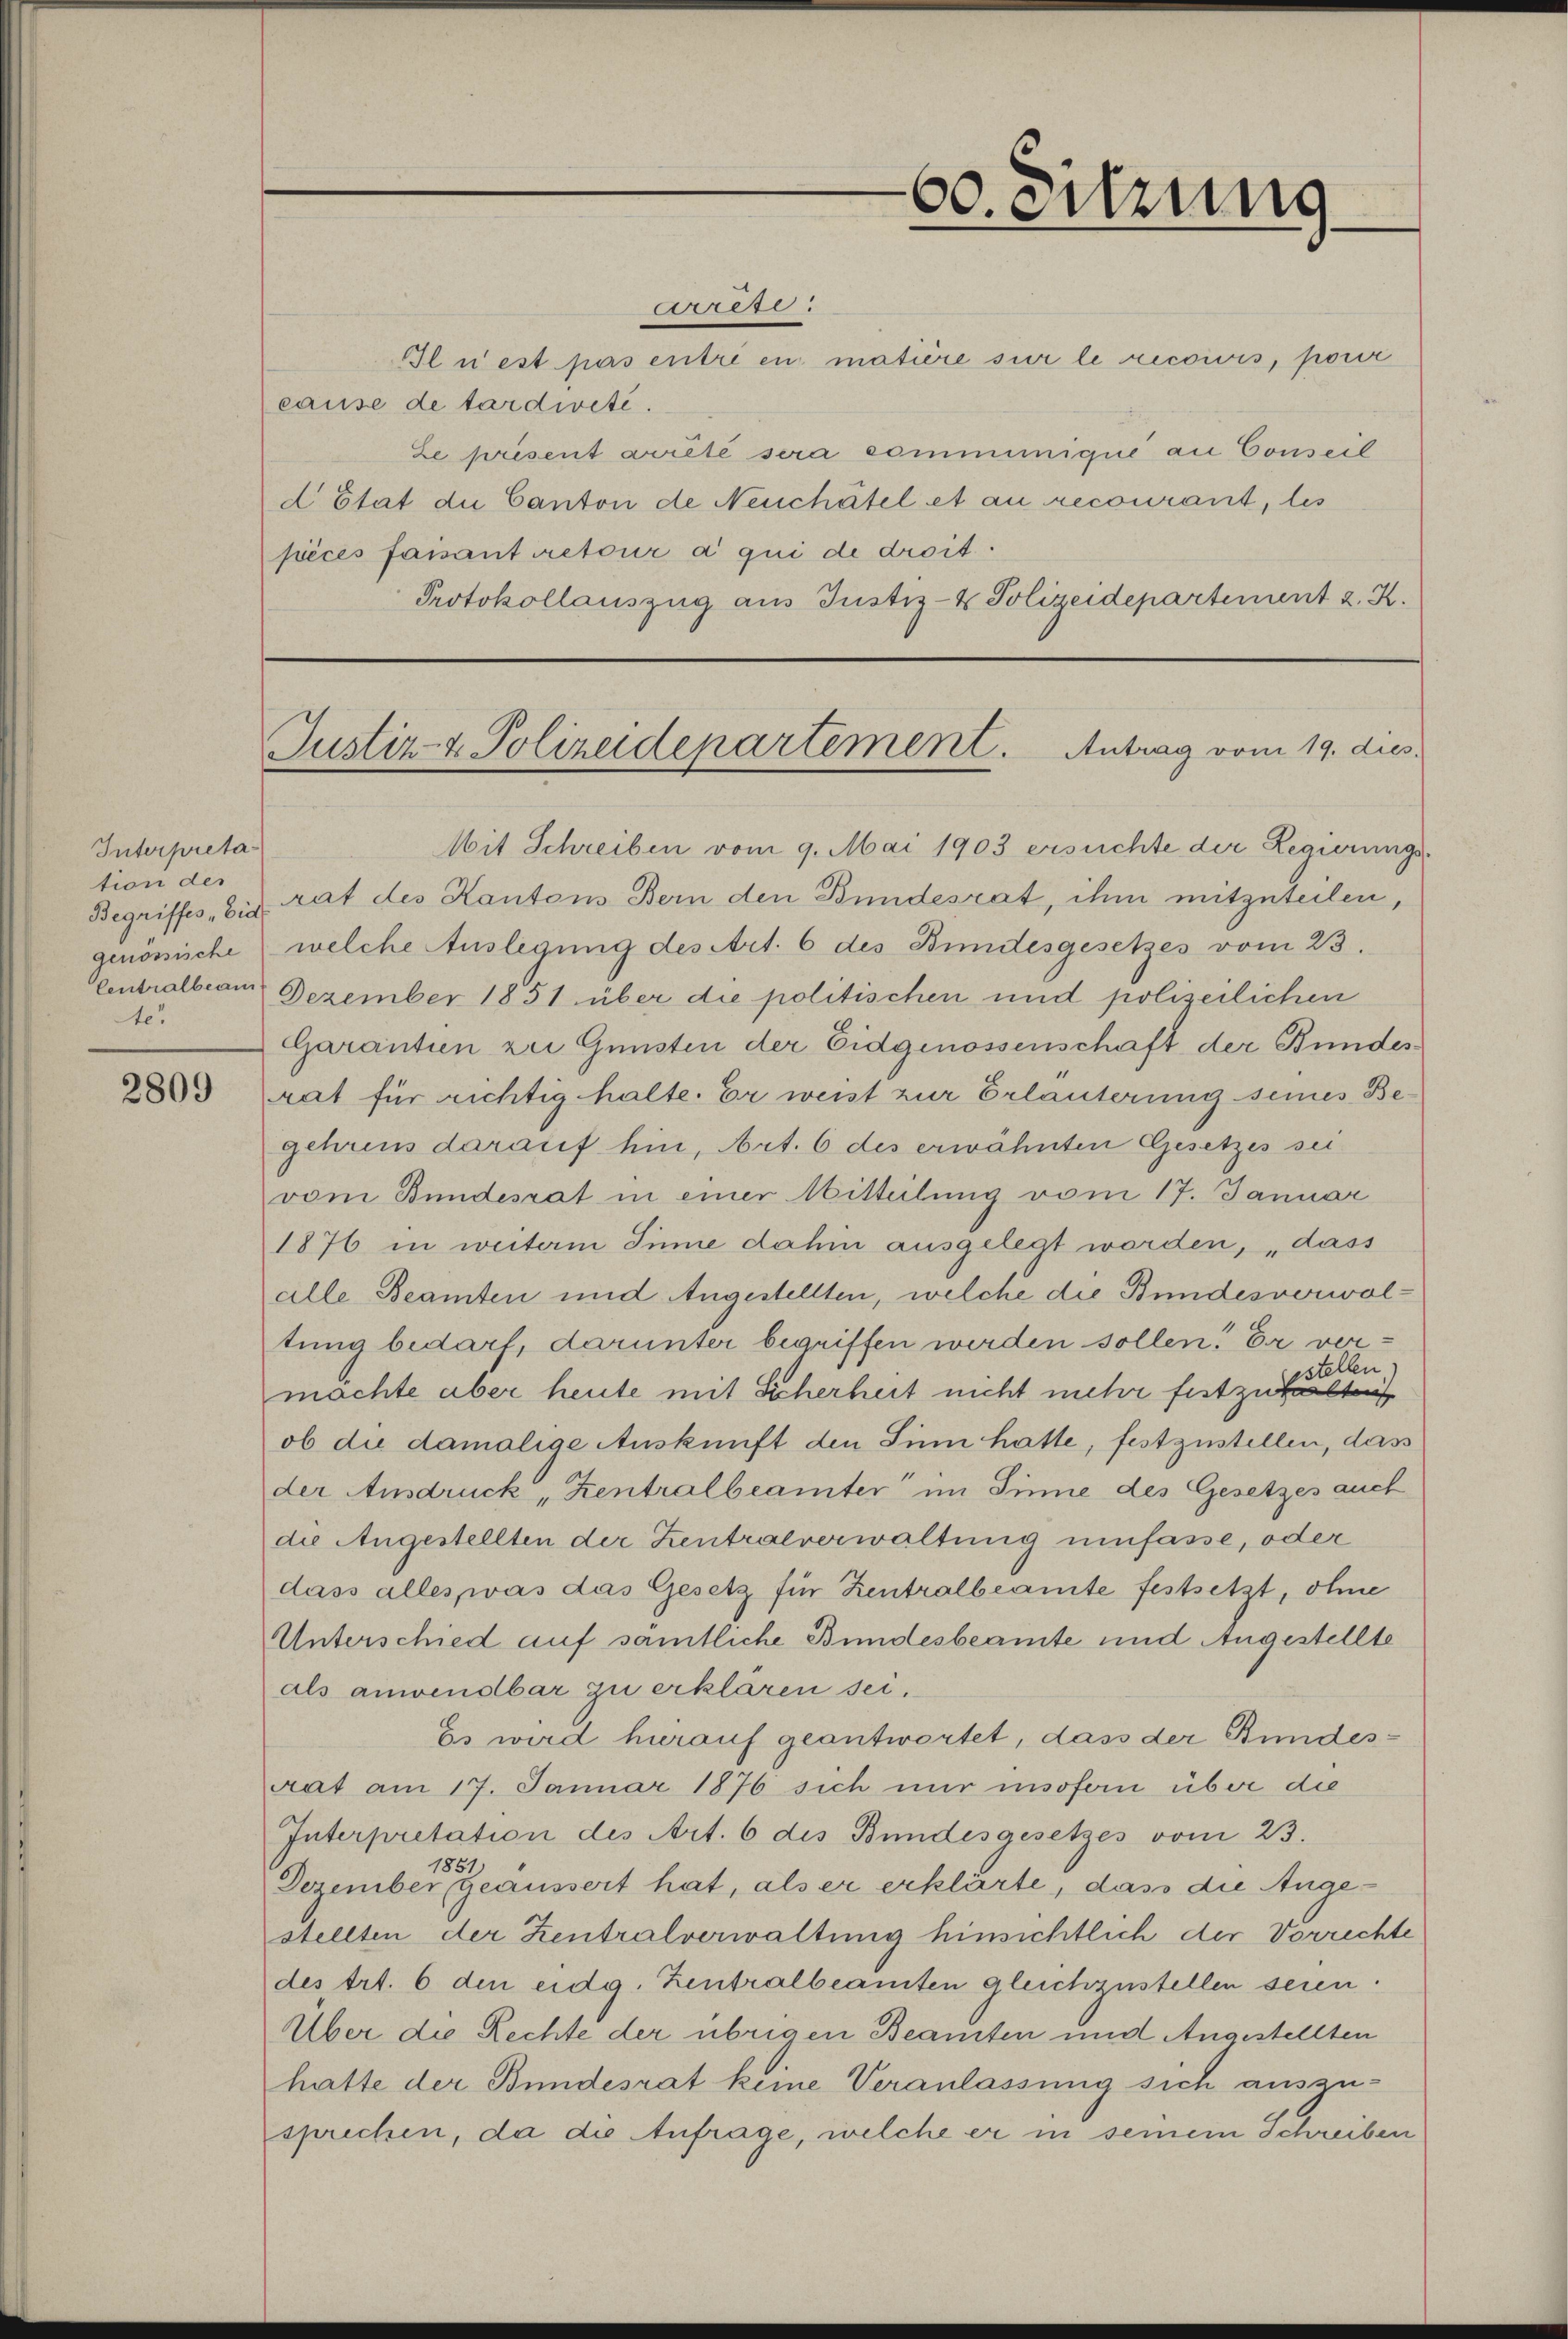
Interpretation der
Begriffes „Eid.
genössische
te.

2809

60. Sitzung

cresi
Il n’est pas entre en matière sur le recoivis, pour
cause de tardieté.
Le présent avreté sera comminique an Conseil
d Etat die Canton de Neuchâtel et an recourant, les
pèces faisant retour a qui de droit.
Protokollauszug aus Justiz- & Polizeidepartement z. K.

Justiz- & Polizeidepartement. Antrag vom 19. dies

Mit Schreiben vom 9. Mai 1903 ersuchte der Regierungsrat des Kantons Bern den Bundesrat, ihm mitzuteilen,
welche Auslegung des Art. 6 des Bindesgesetzes vom 23.
Centralbian Dezember 1851 über die politischen und polizeilichen
Garantien zu Gunsten der Eidgenossenschaft der Bundesrat für richtig halte. Er weist zur Erläuterung seines Begehrens darauf hin, Art. 6 des erwähnten Gesetzes sei
vom Bundesrat in einer Mitteilung vom 17. Januar
1876 in weiterm Sinne dahin ausgelegt worden, „dass
alle Beamten und Angestellten, welche die Bundesverwaltung bedarf, darunter begriffen werden sollen. Er verestellen.
machte aber heute mit Sicherheit nicht mehr festzuhalten
ob die damalige Auskunft den Sinn hatte, festzustellen, das
der Ausdruck „Zentralbeamter im Sinne des Gesetzes auch
die Angestellten der Zentralverwaltung umfasse, oder
dass alles, was das Gesetz für Zentralbeamte festsetzt, ohne
Unterschied auf sämtliche Bundesbeamte und Angestellte
als anwendbar zu erklären sei.
Es wird hierauf geantwortet, dass der Bundes-
aat am 17. Januar 1876 sich nur insofern über die
Interpretation des Art. 6 des Bundesgesetzes vom 23.
1851)
Dezember geäussert hat, als er erklärte, dass die Angestellten der Zentralverwaltung hinsichtlich der Vorrechte
des trt. 6 den eidg. Zentralbeamten gleichzustellen seien.
Über die Rechte der übrigen Beamten und Angestellten
hatte der Bundesrat keine Veranlassung sich auszusprechen, da die Anfrage, welche er in seinem Schreiben